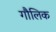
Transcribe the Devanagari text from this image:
गौलिक